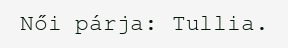
Női párja: Tullia.